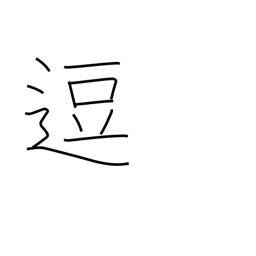
Meaning: stop